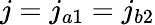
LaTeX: j=j_{a1}=j_{b2}